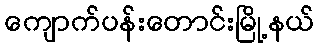
ကျောက်ပန်းတောင်းမြို့နယ်